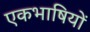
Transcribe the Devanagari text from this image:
एकभाषियों